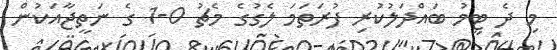
މި ދެ ޓީމު ބައްދަލުކުރި ފުރަތަމަ ލެގުގެ މެޗު 0-1 ގެ ނަތީޖާއަކުން